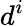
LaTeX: d^{i}